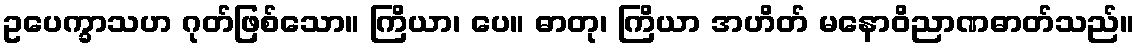
ဥပေက္ခာသဟ ဂုတ်ဖြစ်သော။ ကြိယာ၊ ပေ။ ဓာတု၊ ကြိယာ အဟိတ် မနောဝိညာဏဓာတ်သည်။